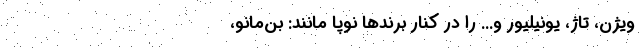
ویژن،‌ تاژ، یونیلیور و... را در کنار برندها نوپا مانند: بن‌مانو،